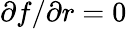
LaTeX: \partial f/\partial r=0